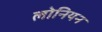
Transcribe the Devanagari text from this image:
लोनियन